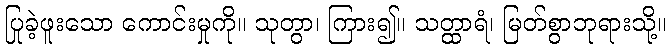
ပြုခဲ့ဖူးသော ကောင်းမှုကို။ သုတွာ၊ ကြား၍။ သတ္ထာရံ၊ မြတ်စွာဘုရားသို့။